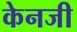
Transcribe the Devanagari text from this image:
केनजी